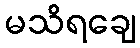
မသိရချေ